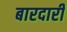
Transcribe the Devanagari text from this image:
बारदारी